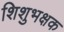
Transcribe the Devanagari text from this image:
शिशुभक्षक